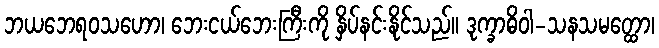
ဘယဘေရဝသဟော၊ ဘေးငယ်ဘေးကြီးကို နှိပ်နင်းနိုင်သည်။ ဒုက္ခာဓိဝါ-သနသမတ္ထော၊